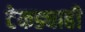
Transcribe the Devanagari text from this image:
टेकड्याही